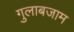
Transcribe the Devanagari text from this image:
गुलाबजाम